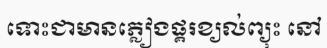
ទោះជាមានភ្លៀងផ្គរខ្យល់ព្យុះ នៅ